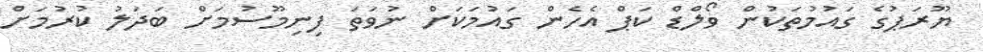
ޔޫރަޕުގެ ގައުމުތަކުން ވޯލްޑް ކަޕް އެހެން ގައުމަކަށް ނުވަތަ ފިނިމޫސުމަށް ބަދަލު ކުރުމަށް